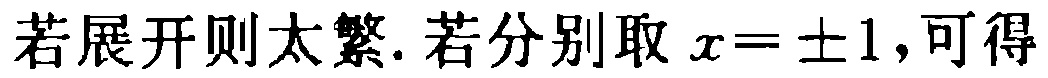
若展开则太繁. 若分别取 \(x = \pm1\),可得